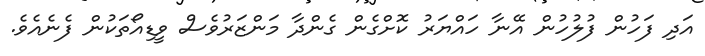
އަދި ފަހުން ފުލުހުން އޭނާ ހައްޔަރު ކޮށްގެން ގެންދާ މަންޒަރުވެސް ވީޑިއޯތަކުން ފެނެއެވެ.